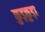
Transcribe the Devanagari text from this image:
कुड़कुड़ा